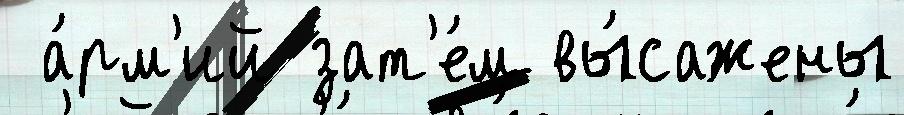
 а́рм'ий зат'е́м вы́сажены